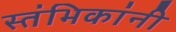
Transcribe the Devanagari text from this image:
स्तंभिकांनी